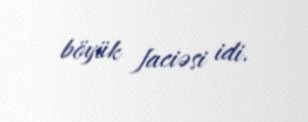
böyük faciəsi idi.